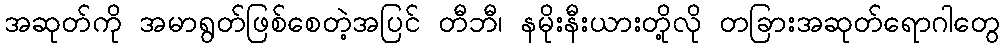
အဆုတ်ကို အမာရွတ်ဖြစ်စေတဲ့အပြင် တီဘီ၊ နမိုးနီးယားတို့လို တခြားအဆုတ်ရောဂါတွေ